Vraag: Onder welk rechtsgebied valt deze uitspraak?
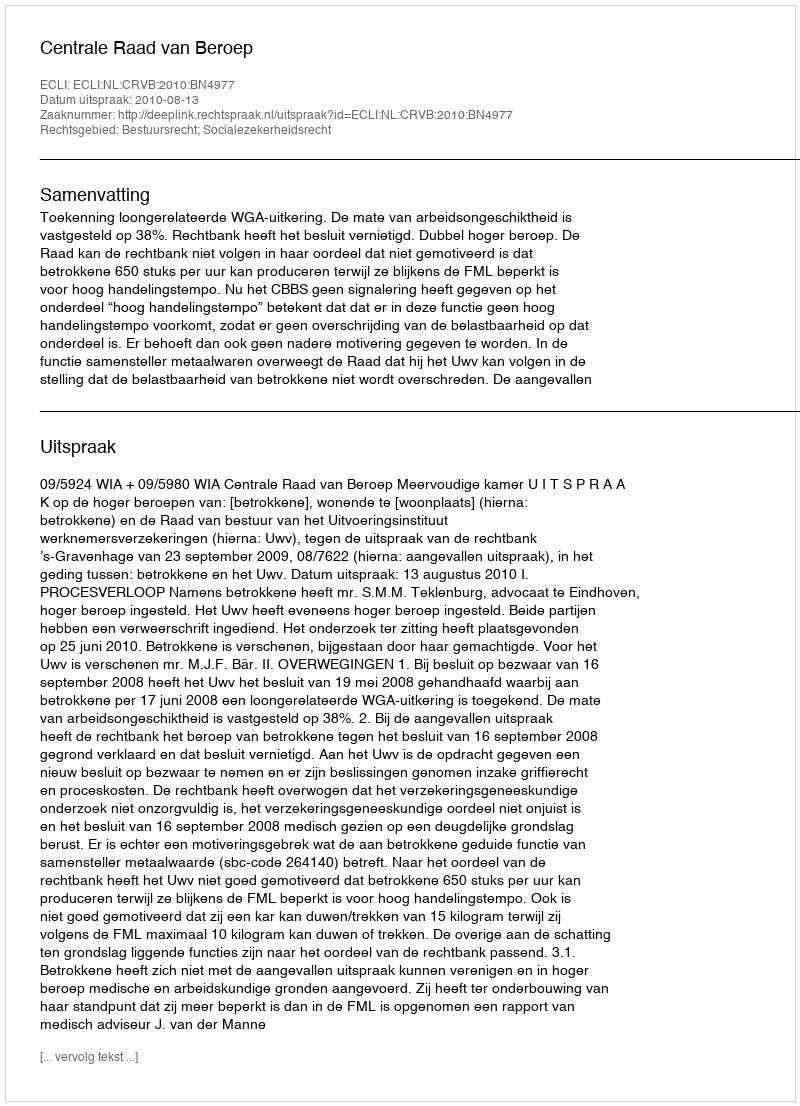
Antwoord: Bestuursrecht; Socialezekerheidsrecht